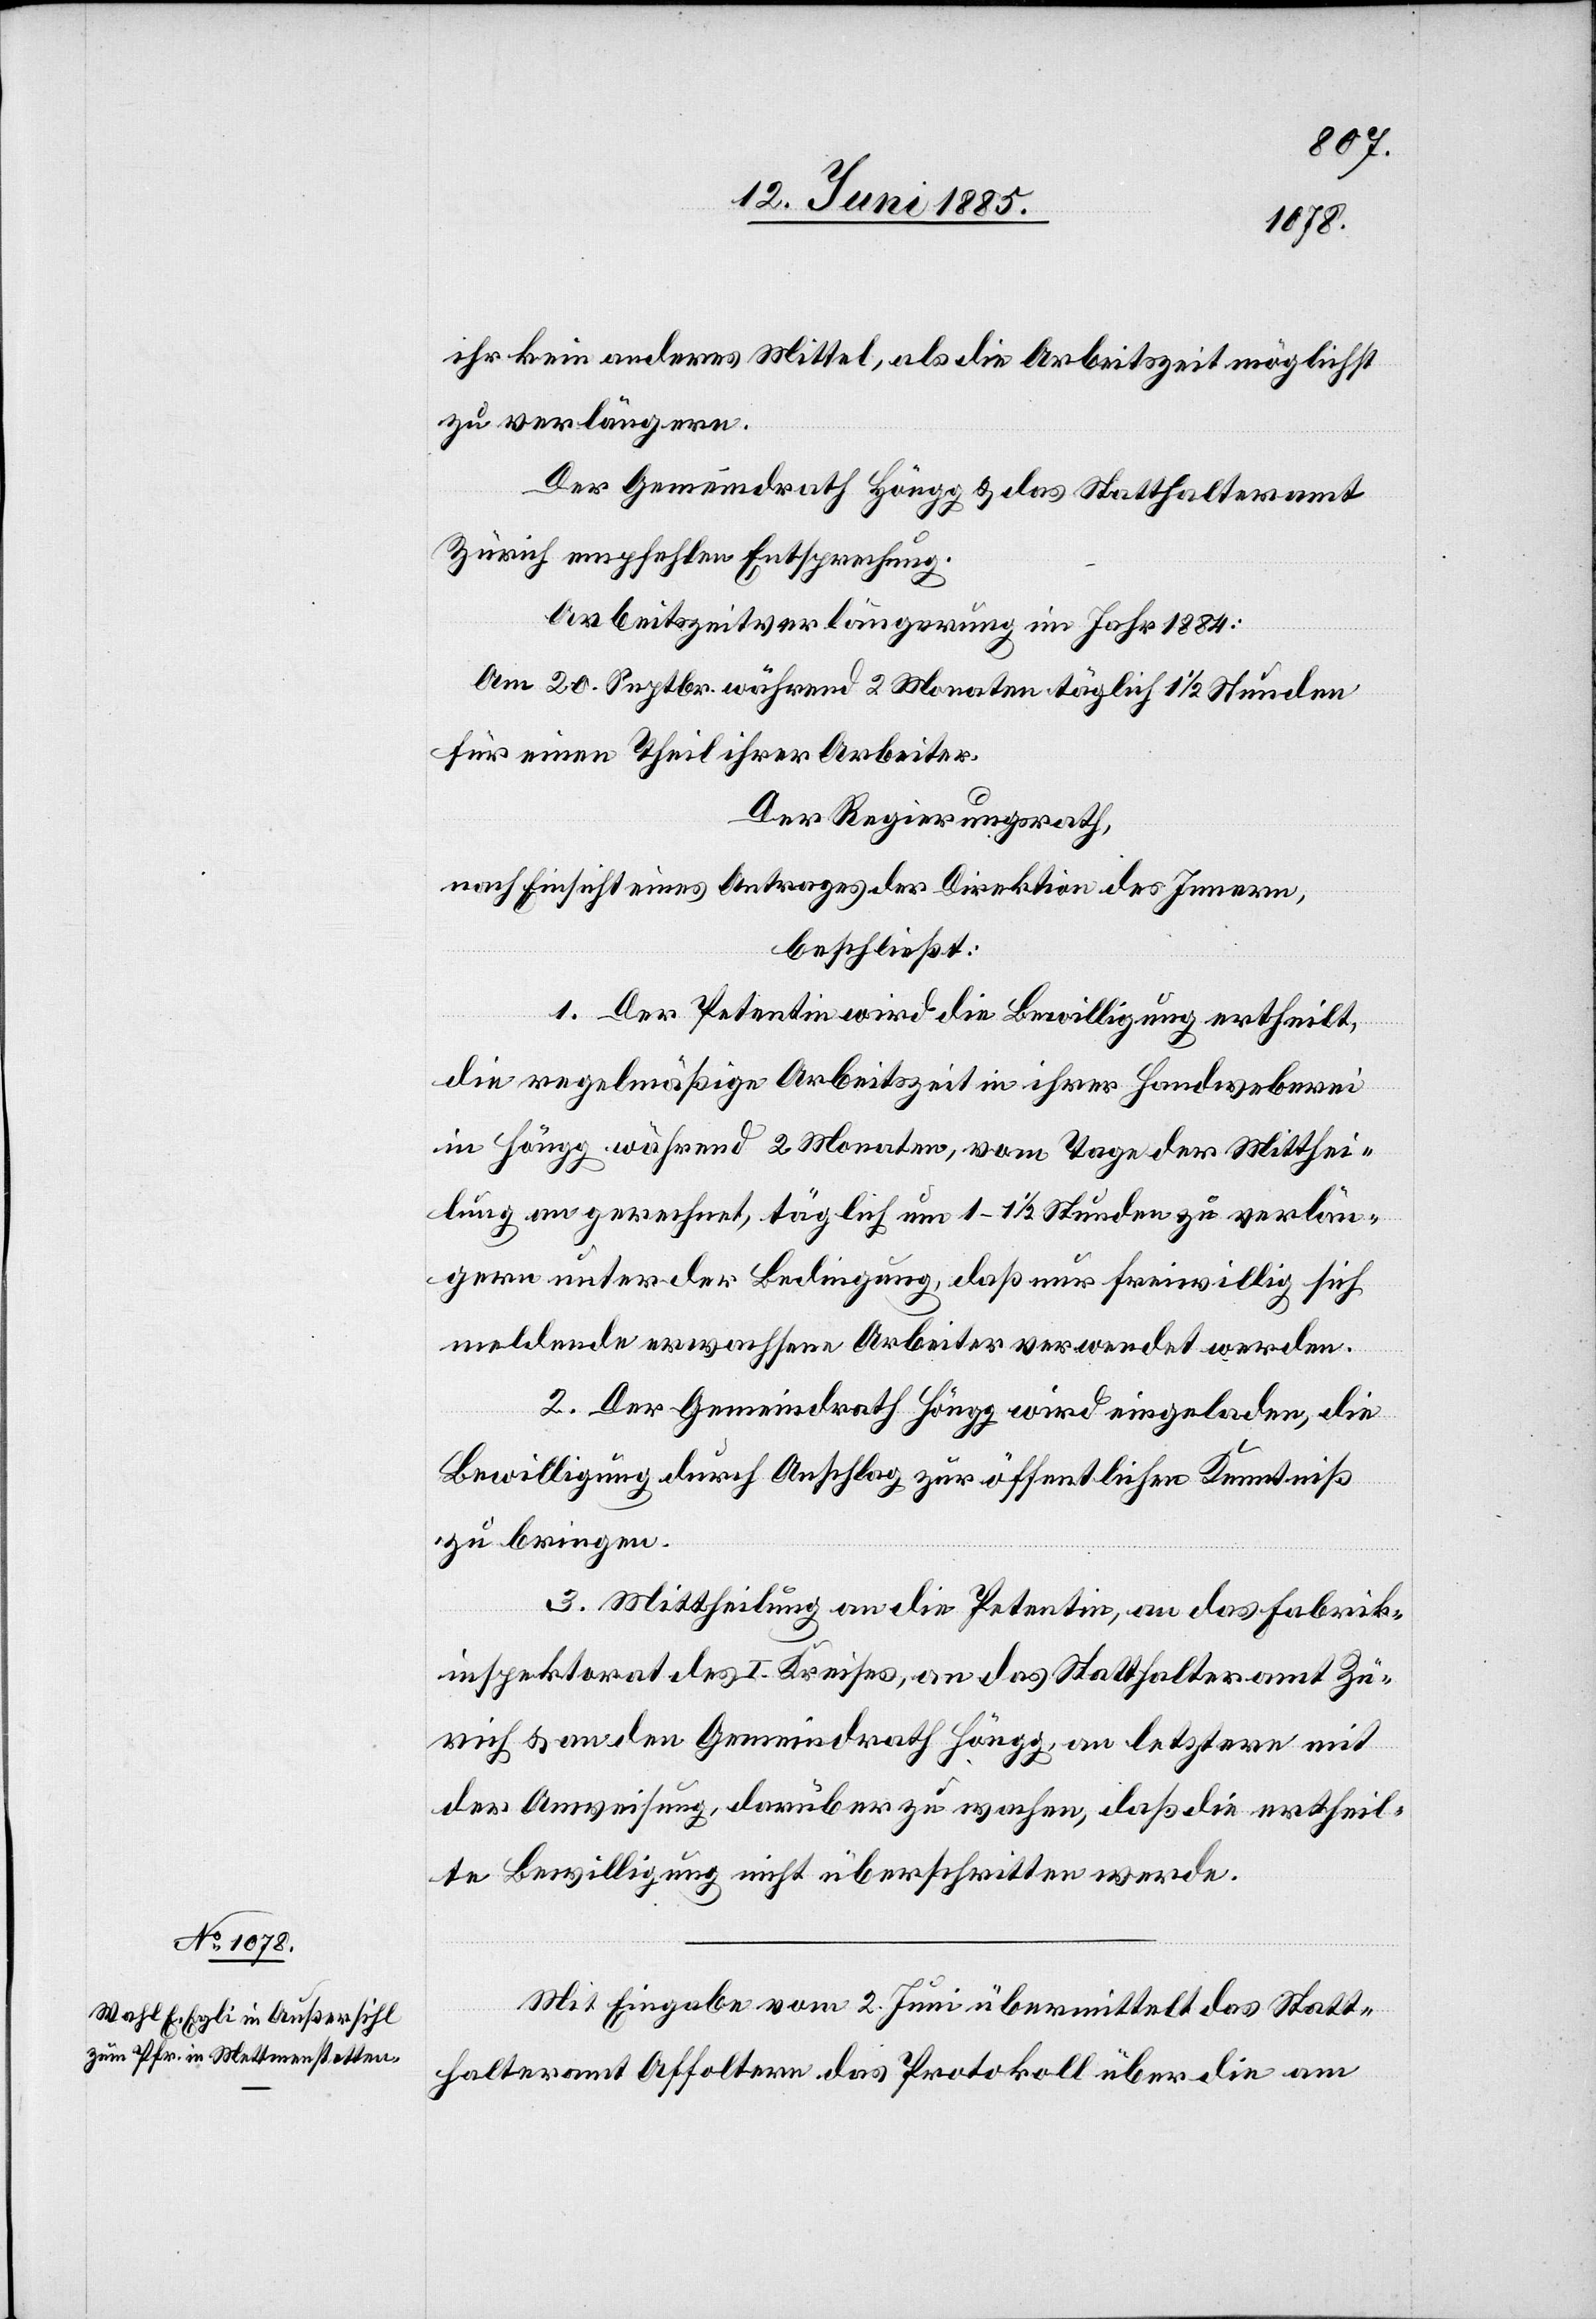
ihr kein anderes Mittel, als die Arbeitszeit möglichst
zu verlängern.
Der Gemeindrath Höngg & das Statthalteramt
Zürich empfehlen Entsprechung.
Arbeitszeitverlängerung im Jahr 1884:
Am 20. Septbr. während 2 Monaten täglich 1 1/2 Stunden
für einen Theil ihrer Arbeiter.
Der Regierungsrath,
nach Einsicht eines Antrages der Direktion des Innern,
beschließt:
1. Der Petentin wird die Bewilligung ertheilt,
die regelmäßige Arbeitszeit in ihrer Handweberei
in Höngg während 2 Monaten, vom Tage der Mitthei¬
lung an gerechnet, täglich um 1–1 1/2 Stunden zu verlän¬
gern, unter der Bedingung, daß nur freiwillig sich
meldende erwachsene Arbeiter verwendet werden.
2. Der Gemeindrath Höngg wird eingeladen, die
Bewilligung durch Anschlag zur öffentlichen Kenntniß
zu bringen.
3. Mittheilung an die Petentin, an das Fabrik¬
inspektorat des I. Kreises, an das Statthalteramt Zü¬
rich & an den Gemeindrath Höngg, an letztern mit
der Anweisung, darüber zu wachen, daß die ertheil¬
te Bewilligung nicht überschritten werde.
Mit Eingabe vom 2. Juni übermittelt das Statt¬
halteramt Affoltern das Protokoll über die am